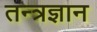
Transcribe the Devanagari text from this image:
तन्त्रज्ञान